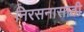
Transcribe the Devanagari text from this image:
निरसनासाठी